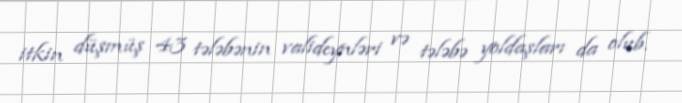
itkin düşmüş 43 tələbənin valideynləri və tələbə yoldaşları da olub.